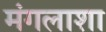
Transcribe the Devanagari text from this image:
मंगलाशा